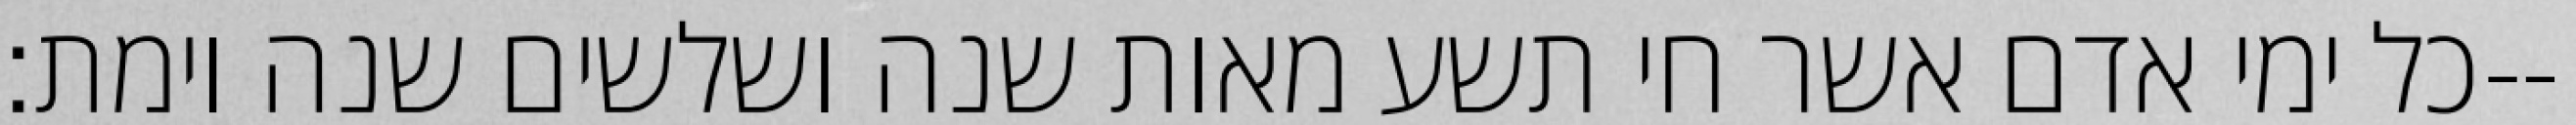
כל ימי אדם אשר חי תשע מאות שנה ושלשים שנה וימת׃--